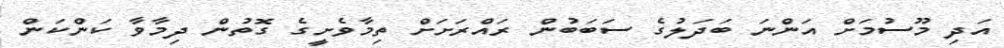
އަދި މޫސުމަށް އަންނަ ބަދަލުގެ ސަބަބުން ރައްރަށަށް ތިމާވެށީގެ ގޮތުން ދިމާވާ ކަންކަން